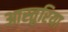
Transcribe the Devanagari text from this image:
आस्तुरिया